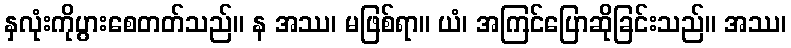
နှလုံးကိုပွားစေတတ်သည်။ န အဿ၊ မဖြစ်ရာ။ ယံ၊ အကြင်ပြောဆိုခြင်းသည်။ အဿ၊